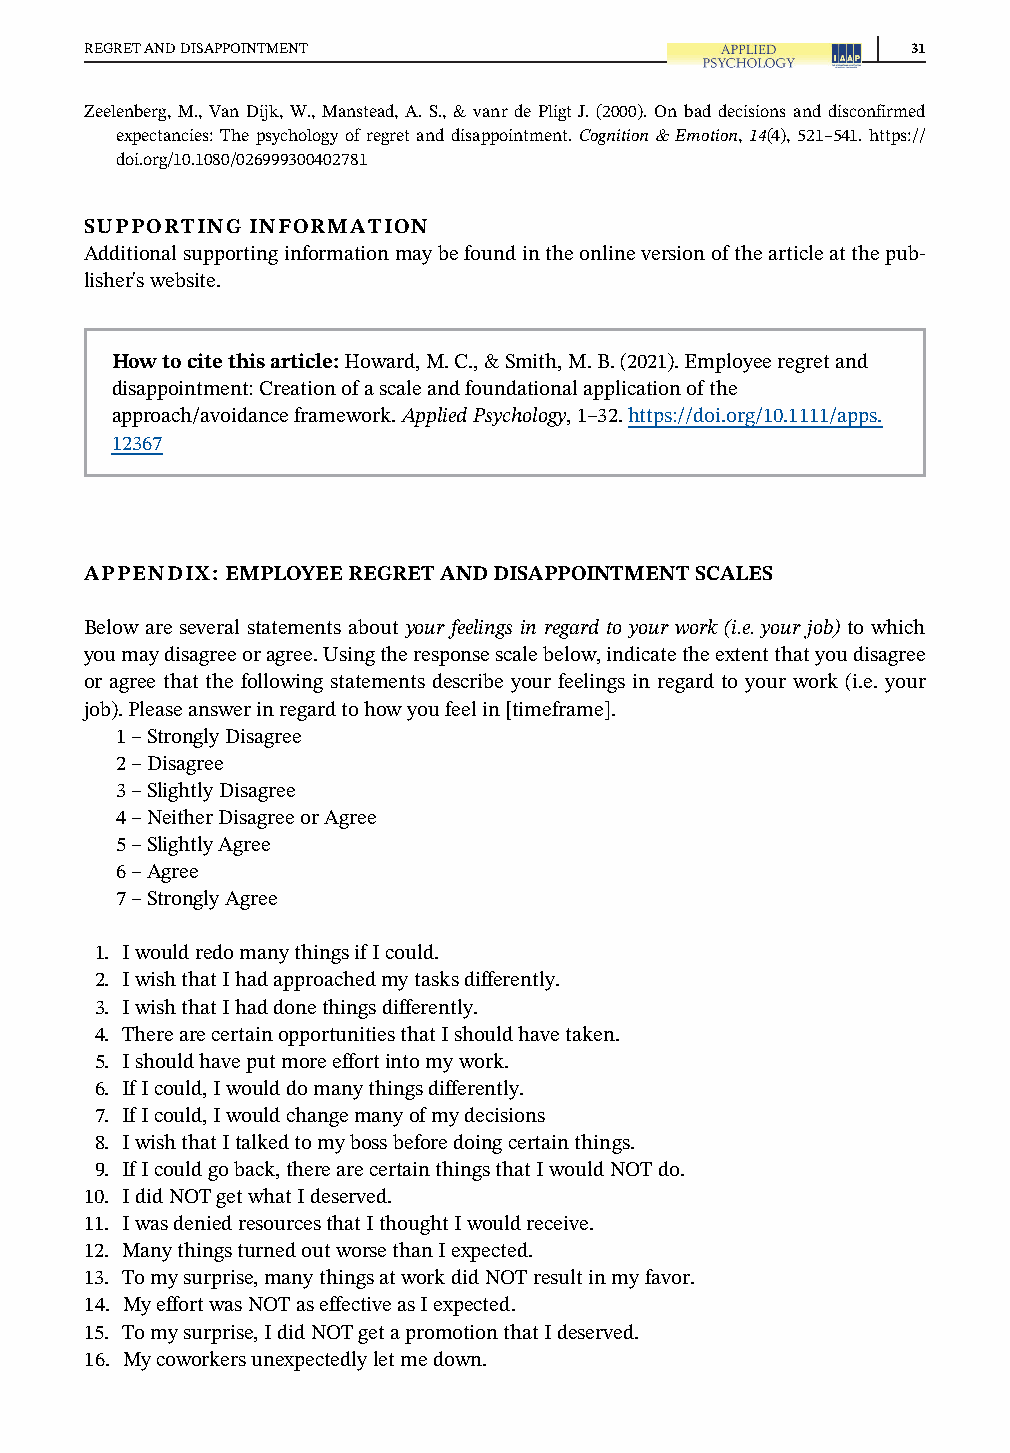
REGRETANDDISAPPOINTMENT                               31
 Zeelenberg, M., Van Dijk, W., Manstead, A. S., & vanr de Pligt J. (2000). On bad decisions and disconfirmed
 expectancies: The psychology of regret and disappointment. Cognition & Emotion, 14(4), 521–541. https://
 doi.org/10.1080/026999300402781
 SUPPORTING INFORMATION
 Additionalsupportinginformationmaybefoundintheonlineversionofthearticleatthepub-
 lisher'swebsite.
 Howtocitethisarticle:Howard,M.C.,&Smith,M.B.(2021).Employeeregretand
 disappointment:Creationofascaleandfoundationalapplicationofthe
 approach/avoidanceframework.AppliedPsychology,1–32.https://doi.org/10.1111/apps.
 12367
 APPENDIX: EMPLOYEEREGRETANDDISAPPOINTMENTSCALES
 Below are several statements about your feelings in regard to your work (i.e. your job) to which
 youmaydisagreeoragree.Usingtheresponsescalebelow,indicatetheextentthatyoudisagree
 or agree that the following statements describe your feelings in regard to your work (i.e. your
 job).Pleaseanswerinregardtohowyoufeelin[timeframe].
 1–StronglyDisagree
 2–Disagree
 3–SlightlyDisagree
 4–NeitherDisagreeorAgree
 5–SlightlyAgree
 6–Agree
 7–StronglyAgree
 1. IwouldredomanythingsifIcould.
 2. IwishthatIhadapproachedmytasksdifferently.
 3. IwishthatIhaddonethingsdifferently.
 4. TherearecertainopportunitiesthatIshouldhavetaken.
 5. Ishouldhaveputmoreeffortintomywork.
 6. IfIcould,Iwoulddomanythingsdifferently.
 7. IfIcould,Iwouldchangemanyofmydecisions
 8. IwishthatItalkedtomybossbeforedoingcertainthings.
 9. IfIcouldgoback,therearecertainthingsthatIwouldNOTdo.
 10. IdidNOTgetwhatIdeserved.
 11. IwasdeniedresourcesthatIthoughtIwouldreceive.
 12. ManythingsturnedoutworsethanIexpected.
 13. Tomysurprise,manythingsatworkdidNOTresultinmyfavor.
 14. MyeffortwasNOTaseffectiveasIexpected.
 15. Tomysurprise,IdidNOTgetapromotionthatIdeserved.
 16. Mycoworkersunexpectedlyletmedown.